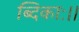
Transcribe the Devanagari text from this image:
ब्दिकाः।।